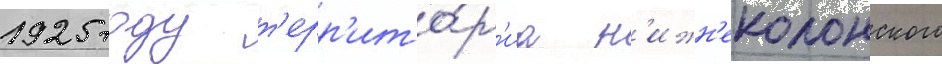
1925 году т'ерр'ито́р'иа н'ижн'еколонского